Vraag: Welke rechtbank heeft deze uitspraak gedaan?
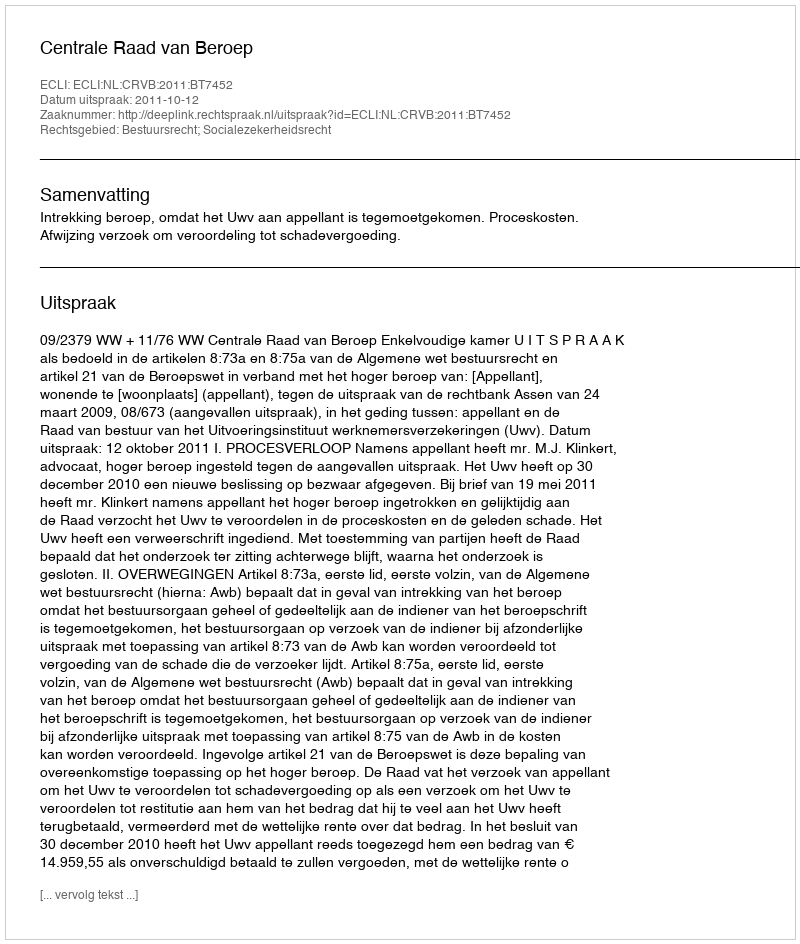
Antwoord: Centrale Raad van Beroep